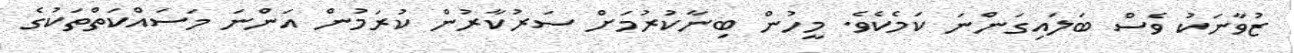
ޒުވާނަކު ވެސް ބަލައިގަންނަ ކަމެކެވެ. މީހުން ބިނާކުރުމަށް ސަރުކާރުން ކުރަމުން އަންނަ މަސައްކަތްތަކުގެ